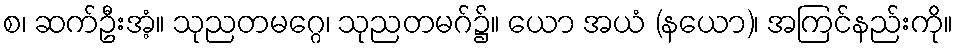
စ၊ ဆက်ဦးအံ့။ သုညတမဂ္ဂေ၊ သုညတမဂ်၌။ ယော အယံ (နယော)၊ အကြင်နည်းကို။